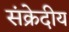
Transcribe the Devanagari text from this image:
संक्रेदीय